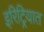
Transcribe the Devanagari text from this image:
इरिट्रियात